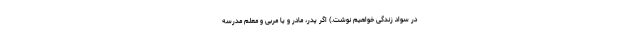
در سواد زندگی خواهیم نوشت.) اگر پدر، مادر و یا مربی و معلم مدرسه